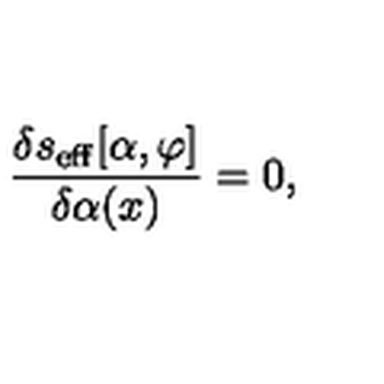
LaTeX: { \frac { \delta s _ { \mathrm { e f f } } [ \alpha , \varphi ] } { \delta \alpha ( x ) } } = 0 ,